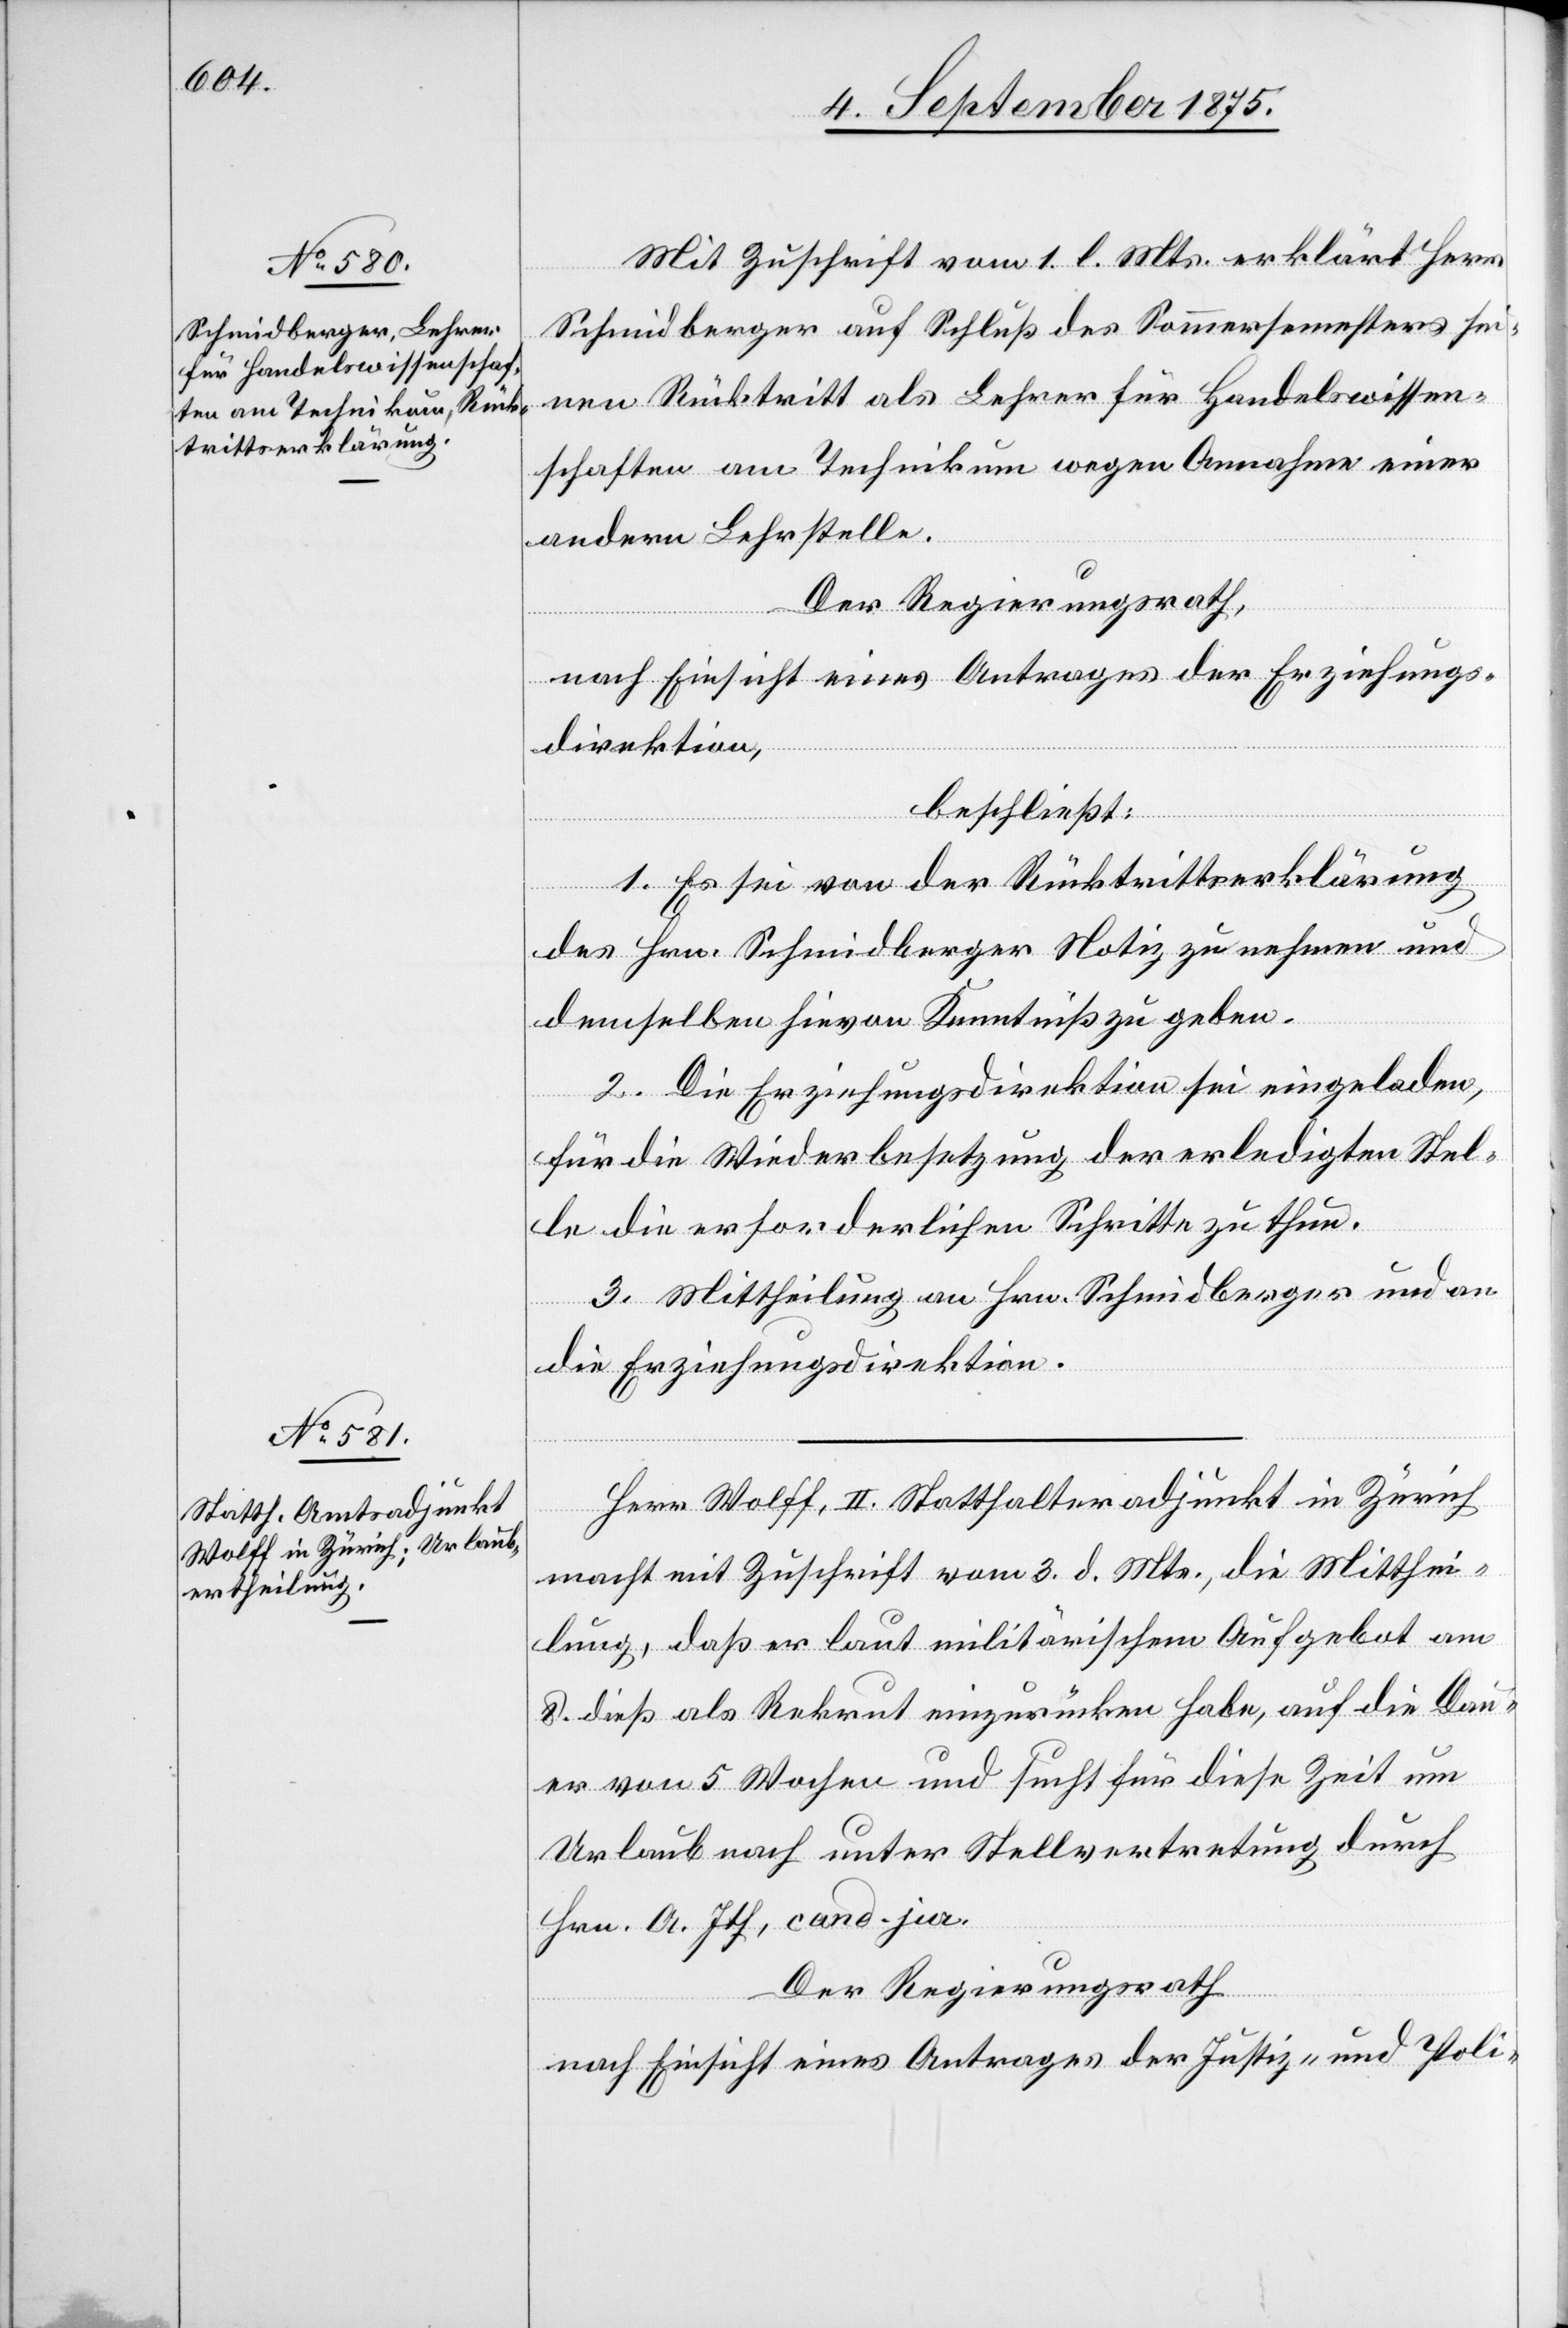
Mit Zuschrift vom 1. d. Mts erklärt Herr
Schmidberger auf Schluß des Sommersemesters sei¬
nen Rücktritt als Lehrer für Handelswissen¬
schaften am Technikum wegen Annahme einer
andern Lehrstelle.
Der Regierungsrath,
nach Einsicht eines Antrages der Erziehungs¬
direktion,
beschließt:
1. Es sei von der Rücktrittserklärung
des Hrn. Schmidberger Notiz zu nehmen und
demselben hievon Kenntniß zu geben.
2. Die Erziehungsdirektion sei eingeladen,
für die Wiederbesetzung der erledigten Stel¬
le die erforderlichen Schritte zu thun.
3. Mittheilung an Hrn. Schmidberger und an
die Erziehungsdirektion.
Herr Wolff, II. Statthalteradjunkt in Zürich
macht mit Zuschrift vom 3. d. Mts., die Mitthei¬
lung, daß er laut militärischem Aufgebot am
8. dieß als Rekrut einzurücken habe, auf die Dau¬
er von 5 Wochen und sucht für diese Zeit um
Urlaub nach unter Stellvertretung durch
Hrn. A. Ith, cand. jur.
Der Regierungsrath
nach Einsicht eines Antrages der Justiz- und Poli-